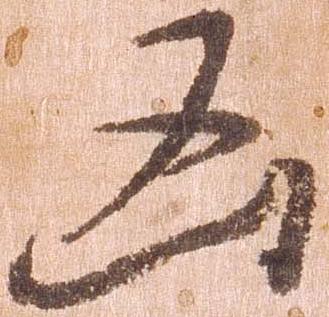
凶